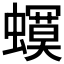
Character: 𧒳